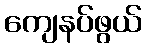
ကျေနပ်ဖွယ်